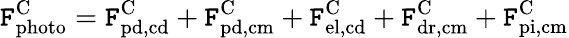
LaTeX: \mathtt{F}_{\mathrm{{photo}}}^{\mathrm{{C}}}=\mathtt{F}_{\mathrm{{pd,cd}}}^{\mathrm{{C}}}+\mathtt{F}_{\mathrm{{pd,cm}}}^{\mathrm{{C}}}+\mathtt{F}_{\mathrm{{el,cd}}}^{\mathrm{{C}}}+\mathtt{F}_{\mathrm{{dr,cm}}}^{\mathrm{{C}}}+\mathtt{F}_{\mathrm{{pi,cm}}}^{\mathrm{{C}}}